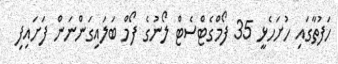
ހަފުތާގައި ހުށަހެޅީ 35 ފޯމްގެޓްސެޓް ލޯނުގެ ފޯމް ބަލައިގަންނަން ފަށައިފި